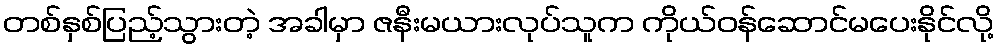
တစ်နှစ်ပြည့်သွားတဲ့ အခါမှာ ဇနီးမယားလုပ်သူက ကိုယ်ဝန်ဆောင်မပေးနိုင်လို့